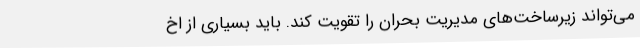
می‌تواند زیرساخت‌های مدیریت بحران را تقویت کند. باید بسیاری از اخ